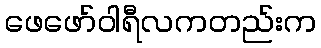
ဖေဖော်ဝါရီလကတည်းက